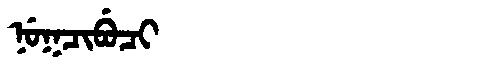
Manchu: ᠨᡠᡴᠴᡳᠪᡠᠴᡳ
Romanization: NUKCIBUCI